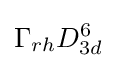
\Gamma _{rh}D_{3d}^{6}